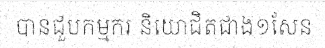
បានជួបកម្មករ និយោជិតជាង១សែន